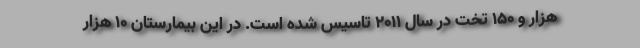
هزار و ۱۵۰ تخت در سال ۲۰۱۱ تاسیس شده است. در این بیمارستان ۱۰ هزار